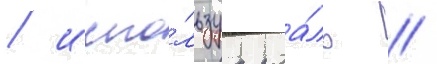
/ испо́льзуа роа́ль //